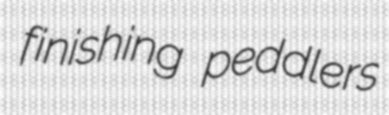
finishing peddlers